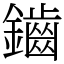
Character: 鑡